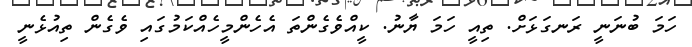
ހަމަ ބުނަނީ ރަނގަޅަށް. ތިއީ ހަމަ ޔާނު. ކީއްވެގެންތަ އެހެންމީހެއްކަމުގައި ވެގެން ތިއުޅެނީ